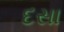
દસા